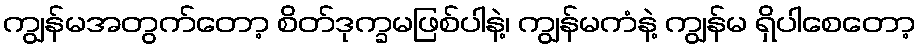
ကျွန်မအတွက်တော့ စိတ်ဒုက္ခမဖြစ်ပါနဲ့၊ ကျွန်မကံနဲ့ ကျွန်မ ရှိပါစေတော့